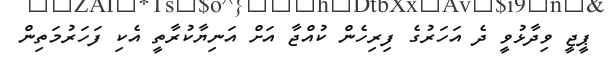
ޕީޖީ ވިދާޅުވީ ދެ އަހަރުގެ ފިރިހެން ކުއްޖާ އަށް އަނިޔާކުރާތީ އެކި ފަހަރުމަތިން